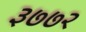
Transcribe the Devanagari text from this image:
३७७२